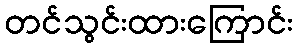
တင်သွင်းထားကြောင်း